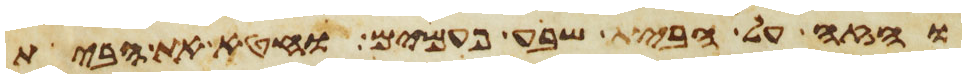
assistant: והזה על הבית שבע פעמים וחטא את הבית